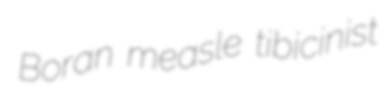
Boran measle tibicinist